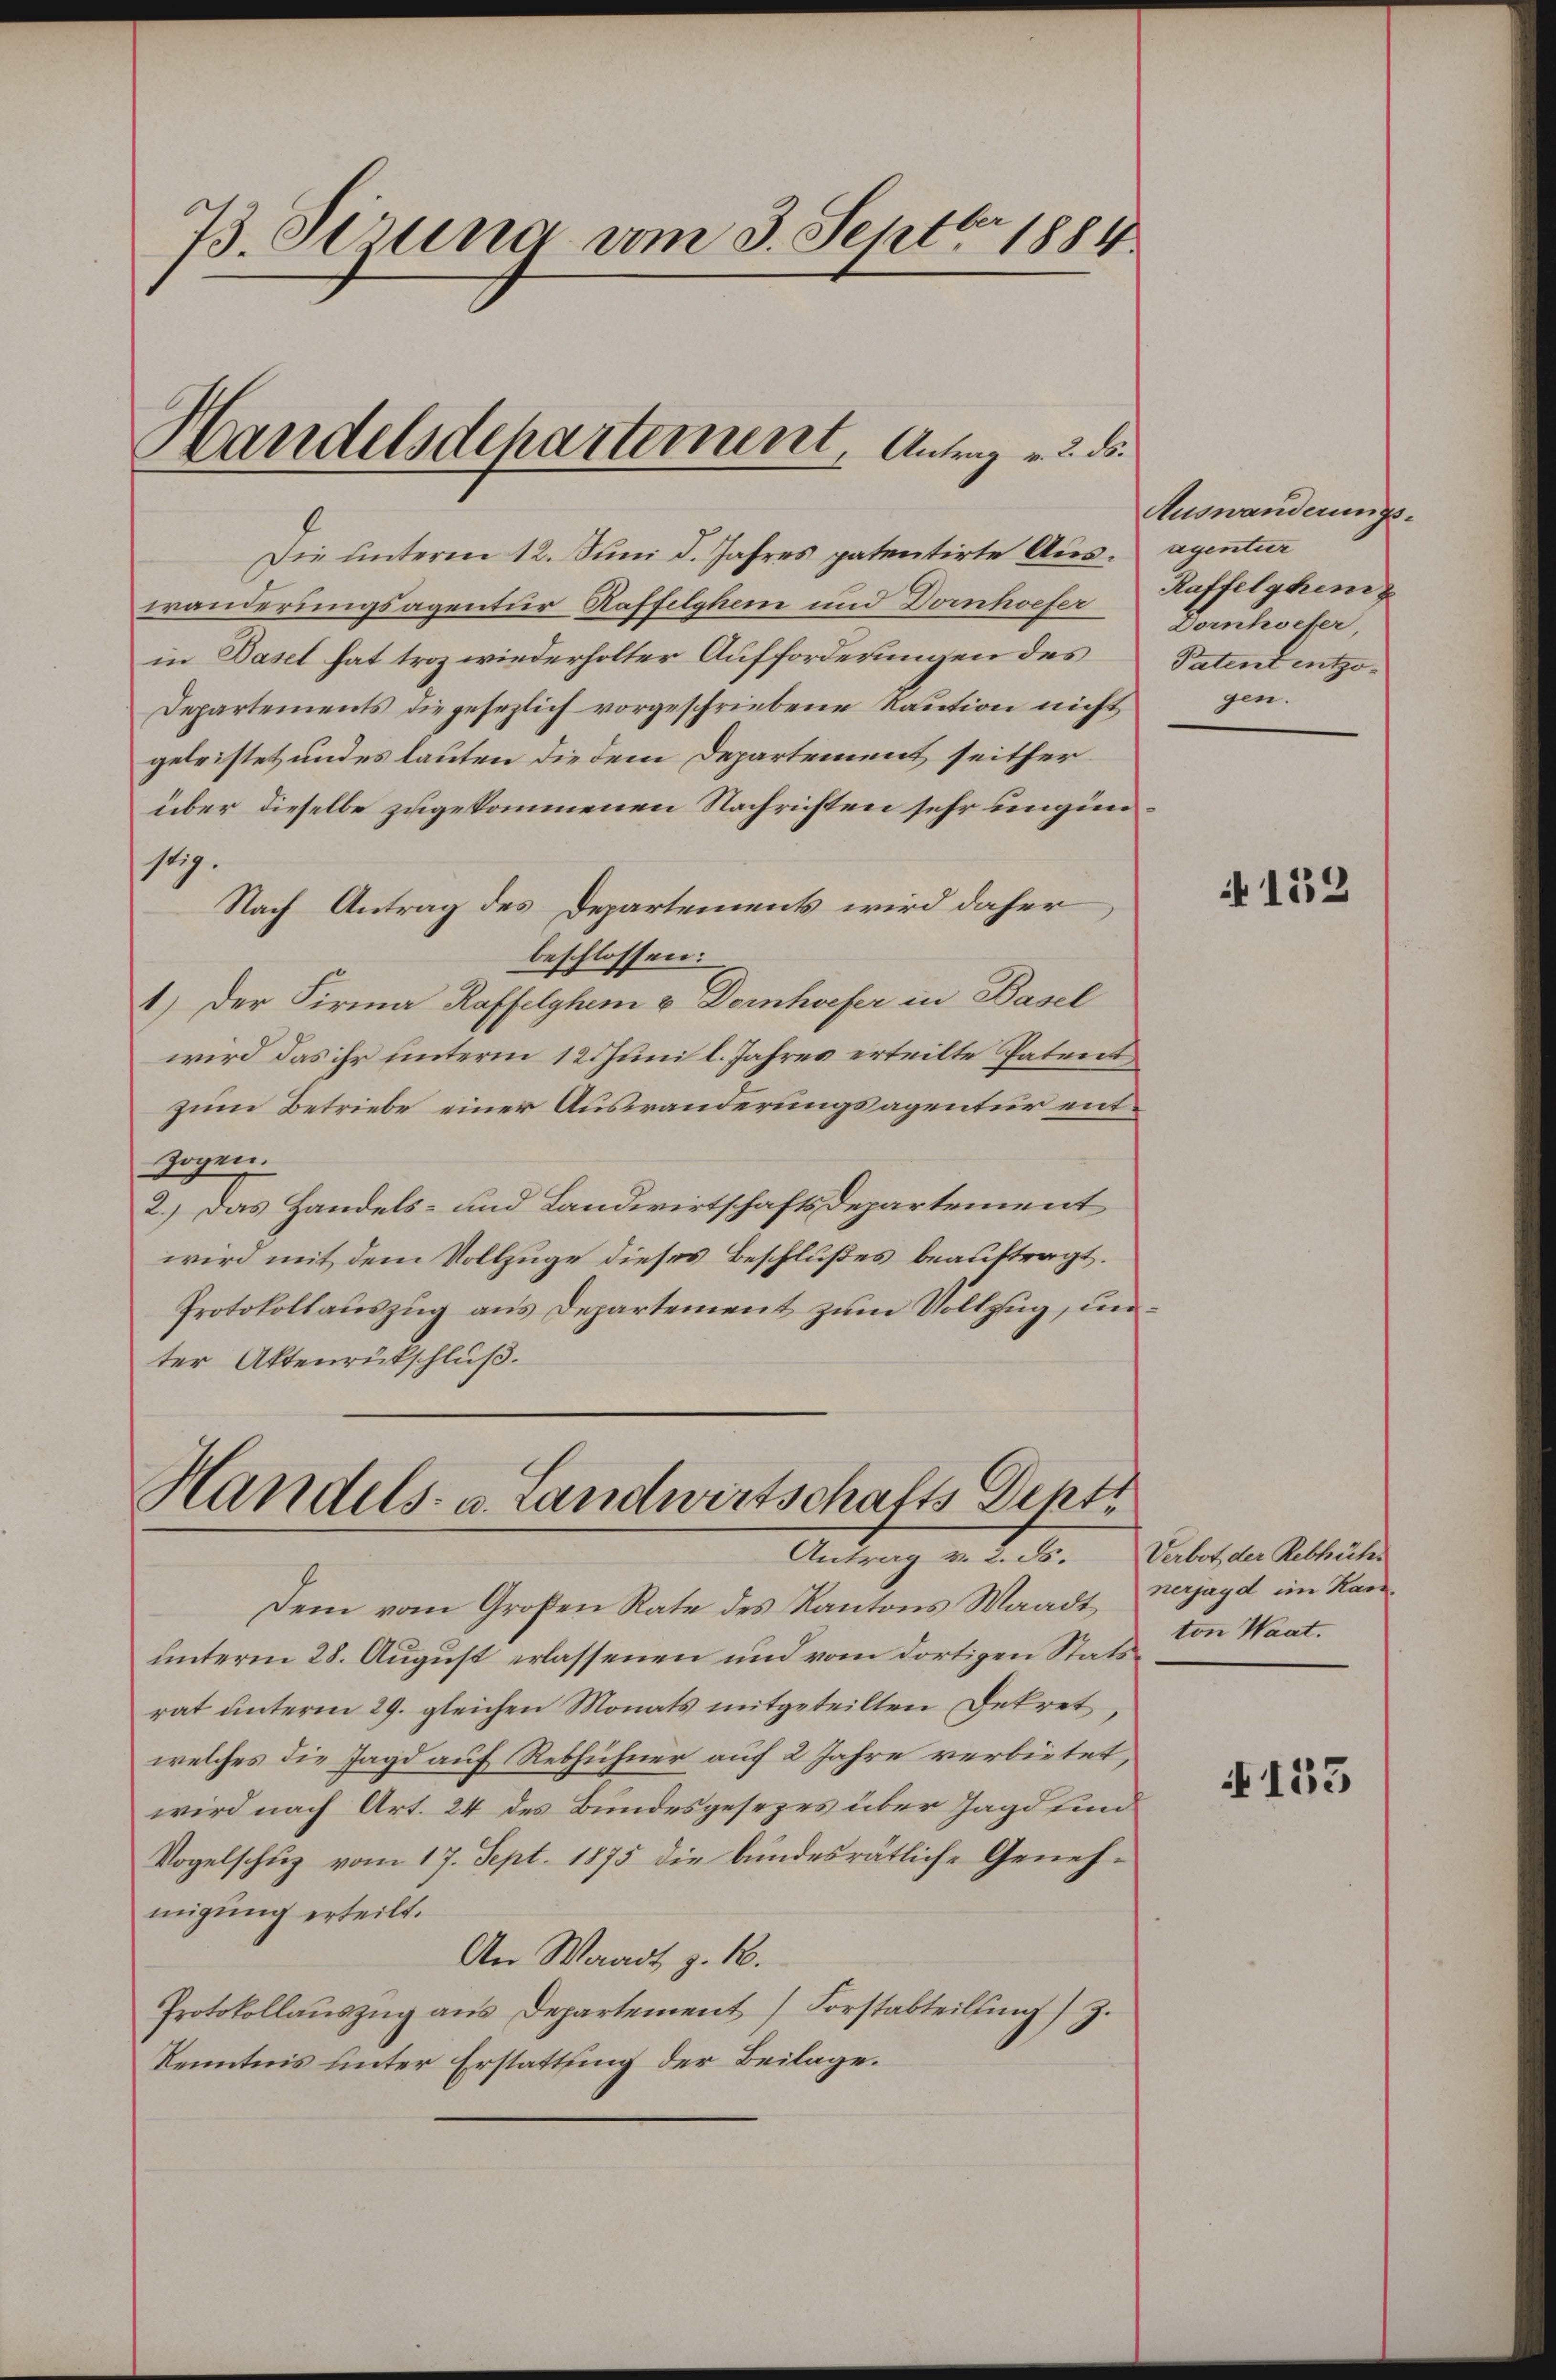
73. Sizung vom 3. Septbr. 1884.

Die unterm 12. Juni d. Jahres patentirte Auswanderungsagentur Raffelghein und Dornhoefer
in Basel hat troz wiederholter Aufforderungen des
Departements die gesezlich vorgeschriebene Raution nicht
geleistet und es lauten die dem Departement seither
über dieselbe zugekommenen Nachrichten sehr ungünst.
Nach Antrag des Departements wird daher
beschlossen:
1.) Der Firma Raffelghem & Dornhoefer in Basel
wird das ihr unterm 12. Juni l. Jahres erteilte Patent
zum Betriebe einer Auswanderungsagentur entzogen.
2.) Das Handels- und Landwirtschaftsdepartement
wird mit dem Vollzuge dieses Beschlußes beauftragt.
Protokollauszug aus Departement zum Vollzug, unter Aktenrückschluß.

Handelsdchartement Antrag u. 3. ds.

Handels- u. Landwirtschafts Depti
Antrag v. 2. F. Verbot der Rebhöchs

Dem vom Großen Rate des Kantons Waadt
unterm 28. August erlassenen und vom dortigen Stats
rat unterm 29. gleichen Monats mitgeteilten Dekret
welches die Jagd auf Rebhühner auf 2 Jahre verbietet,
wird nach Art. 24 des Bundesgesezes über Jagd und
Vogelschuz vom 17. Sept. 1875 die bundesrätliche Genehmigung erteilt.
An Waadt z. B.
Protokollaŭszŭg ans Departement Forstabteilŭng z.
Kenntnis unter Erstattung der Beilage.

Auswanderungsagentur
Kaffelschen
Dornhocker
Patent entzogen.

A 153

nerjagd im Kan
ton Waat.

153